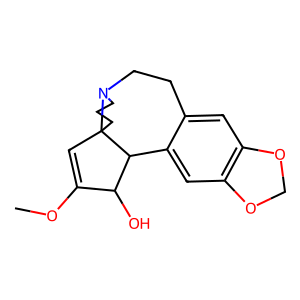
SMILES: COC1=CC23CCCN2CCc2cc4c(cc2C3C1O)OCO4
Inhibits HIV replication: No